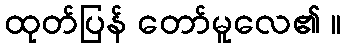
ထုတ်ပြန် တော်မူလေ၏ ။